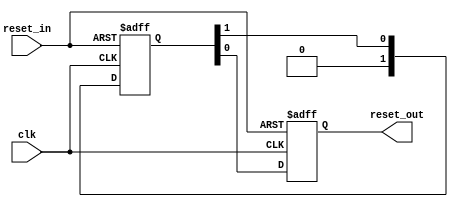
// (C) 2001-2018 Intel Corporation. All rights reserved.
// Your use of Intel Corporation's design tools, logic functions and other 
// software and tools, and its AMPP partner logic functions, and any output 
// files from any of the foregoing (including device programming or simulation 
// files), and any associated documentation or information are expressly subject 
// to the terms and conditions of the Intel Program License Subscription 
// Agreement, Intel FPGA IP License Agreement, or other applicable 
// license agreement, including, without limitation, that your use is for the 
// sole purpose of programming logic devices manufactured by Intel and sold by 
// Intel or its authorized distributors.  Please refer to the applicable 
// agreement for further details.


// $Id: //acds/rel/18.0std/ip/merlin/altera_reset_controller/altera_reset_synchronizer.v#1 $
// $Revision: #1 $
// $Date: 2018/01/31 $
// $Author: psgswbuild $

// -----------------------------------------------
// Reset Synchronizer
// -----------------------------------------------
`timescale 1 ns / 1 ns

module altera_reset_synchronizer
#(
    parameter ASYNC_RESET = 1,
    parameter DEPTH       = 2
)
(
    input   reset_in /* synthesis ALTERA_ATTRIBUTE = "SUPPRESS_DA_RULE_INTERNAL=R101" */,

    input   clk,
    output  reset_out
);

    // -----------------------------------------------
    // Synchronizer register chain. We cannot reuse the
    // standard synchronizer in this implementation 
    // because our timing constraints are different.
    //
    // Instead of cutting the timing path to the d-input 
    // on the first flop we need to cut the aclr input.
    // 
    // We omit the "preserve" attribute on the final
    // output register, so that the synthesis tool can
    // duplicate it where needed.
    // -----------------------------------------------
    (*preserve*) reg [DEPTH-1:0] altera_reset_synchronizer_int_chain;
    reg altera_reset_synchronizer_int_chain_out;

    generate if (ASYNC_RESET) begin

        // -----------------------------------------------
        // Assert asynchronously, deassert synchronously.
        // -----------------------------------------------
        always @(posedge clk or posedge reset_in) begin
            if (reset_in) begin
                altera_reset_synchronizer_int_chain <= {DEPTH{1'b1}};
                altera_reset_synchronizer_int_chain_out <= 1'b1;
            end
            else begin
                altera_reset_synchronizer_int_chain[DEPTH-2:0] <= altera_reset_synchronizer_int_chain[DEPTH-1:1];
                altera_reset_synchronizer_int_chain[DEPTH-1] <= 0;
                altera_reset_synchronizer_int_chain_out <= altera_reset_synchronizer_int_chain[0];
            end
        end

        assign reset_out = altera_reset_synchronizer_int_chain_out;
     
    end else begin

        // -----------------------------------------------
        // Assert synchronously, deassert synchronously.
        // -----------------------------------------------
        always @(posedge clk) begin
            altera_reset_synchronizer_int_chain[DEPTH-2:0] <= altera_reset_synchronizer_int_chain[DEPTH-1:1];
            altera_reset_synchronizer_int_chain[DEPTH-1] <= reset_in;
            altera_reset_synchronizer_int_chain_out <= altera_reset_synchronizer_int_chain[0];
        end

        assign reset_out = altera_reset_synchronizer_int_chain_out;
 
    end
    endgenerate

endmodule